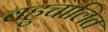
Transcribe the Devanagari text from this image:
बहुचालित